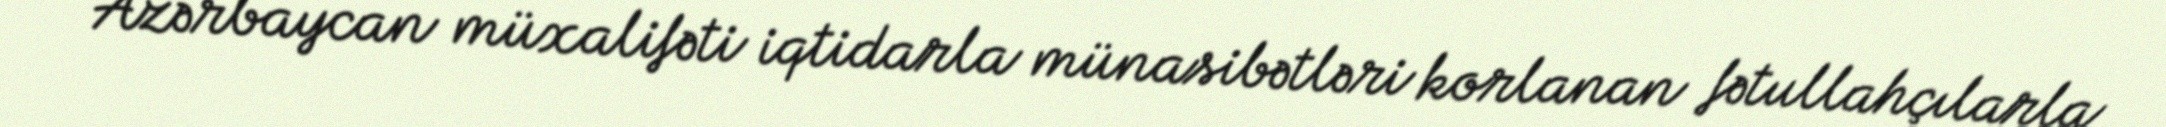
- Azərbaycan müxalifəti iqtidarla münasibətləri korlanan fətullahçılarla